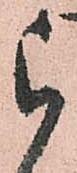
被